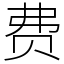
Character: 费